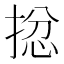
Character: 𢮈